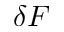
\delta F